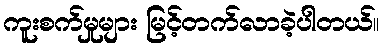
ကူးစက်မှုများ မြင့်တက်လာခဲ့ပါတယ်။